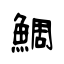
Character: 鯛